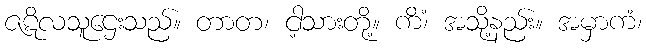
ဇဋိလသူဌေးသည်။ တာတ၊ ငါ့သားတို့။ ကိံ၊ အသို့နည်း။ အမှာကံ၊